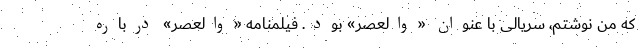
که من نوشتم، سریالی با عنوان «والعصر» بود. فیلمنامه «والعصر» درباره